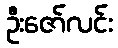
ဦးဇော်လင်း